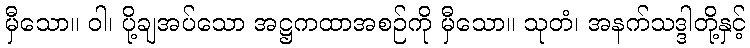
မှီသော။ ဝါ၊ ပို့ချအပ်သော အဋ္ဌကထာအစဉ်ကို မှီသော။ သုတံ၊ အနက်သဒ္ဒါတို့နှင့်